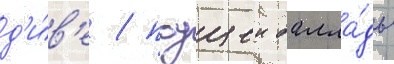
д'и́в'е / поущеи балла́ды